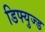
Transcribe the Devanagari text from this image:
डिफ्युज्ड